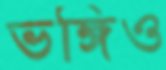
ভঙ্গিও